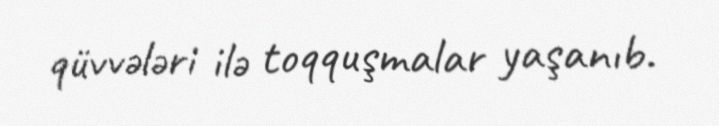
qüvvələri ilə toqquşmalar yaşanıb.